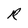
Character: R